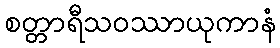
စတ္တာရီသဝဿာယုကာနံ